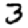
Digit: 3